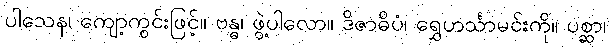
ပါသေန၊ ကျော့ကွင်းဖြင့်။ ဗန္ဓ၊ ဖွဲ့ပါလော။ ဒိဇာဓိပံ၊ ရွှေဟင်္သာမင်းကို။ ပစ္ဆာ၊